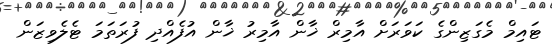
ޓައިމް މެގަޒިންގެ ކަވަރަށް އާމިރް ޚާން އާމިރު ޚާން އުފެއްދި ފުރަތަމަ ޓެލެވިޒަން